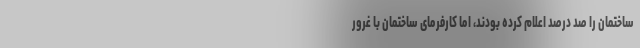
ساختمان را صد درصد اعلام کرده بودند، اما کارفرمای ساختمان با غرور